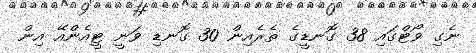
ނެގި ވޯޓްގައި 38 ގޮނޑީގެ ތެރެއިން 30 ގޮނޑި ވަނީ ޓީއެންއޭ އިން